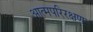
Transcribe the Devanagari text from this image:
आत्मपरिरक्षण